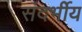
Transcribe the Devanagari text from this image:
संदर्भीय